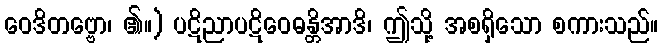
ဝေဒိတဗ္ဗော၊ ၏။) ပဋိညာပဋိဝေဓန္တိအာဒိ၊ ဤသို့ အစရှိသော စကားသည်။